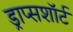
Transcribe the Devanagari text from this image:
ड्राप्सशॉर्ट